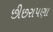
છીછરાપણા